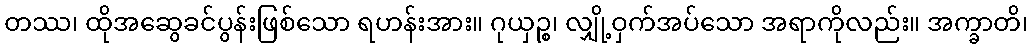
တဿ၊ ထိုအဆွေခင်ပွန်းဖြစ်သော ရဟန်းအား။ ဂုယှဉ္စ၊ လျှို့ဝှက်အပ်သော အရာကိုလည်း။ အက္ခာတိ၊